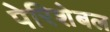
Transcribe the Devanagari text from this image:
पेरिशेबल